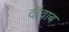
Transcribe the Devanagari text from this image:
दौवाब